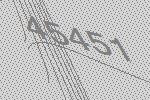
45451